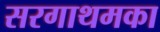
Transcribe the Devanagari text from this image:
सरगाथमका